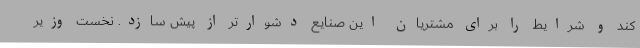
کند و شرایط را برای مشتریان این صنایع دشوارتر از پیش سازد. نخست وزیر